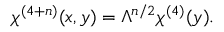
\chi ^ { ( 4 + n ) } ( x , y ) = \Lambda ^ { n / 2 } \chi ^ { ( 4 ) } ( y ) .